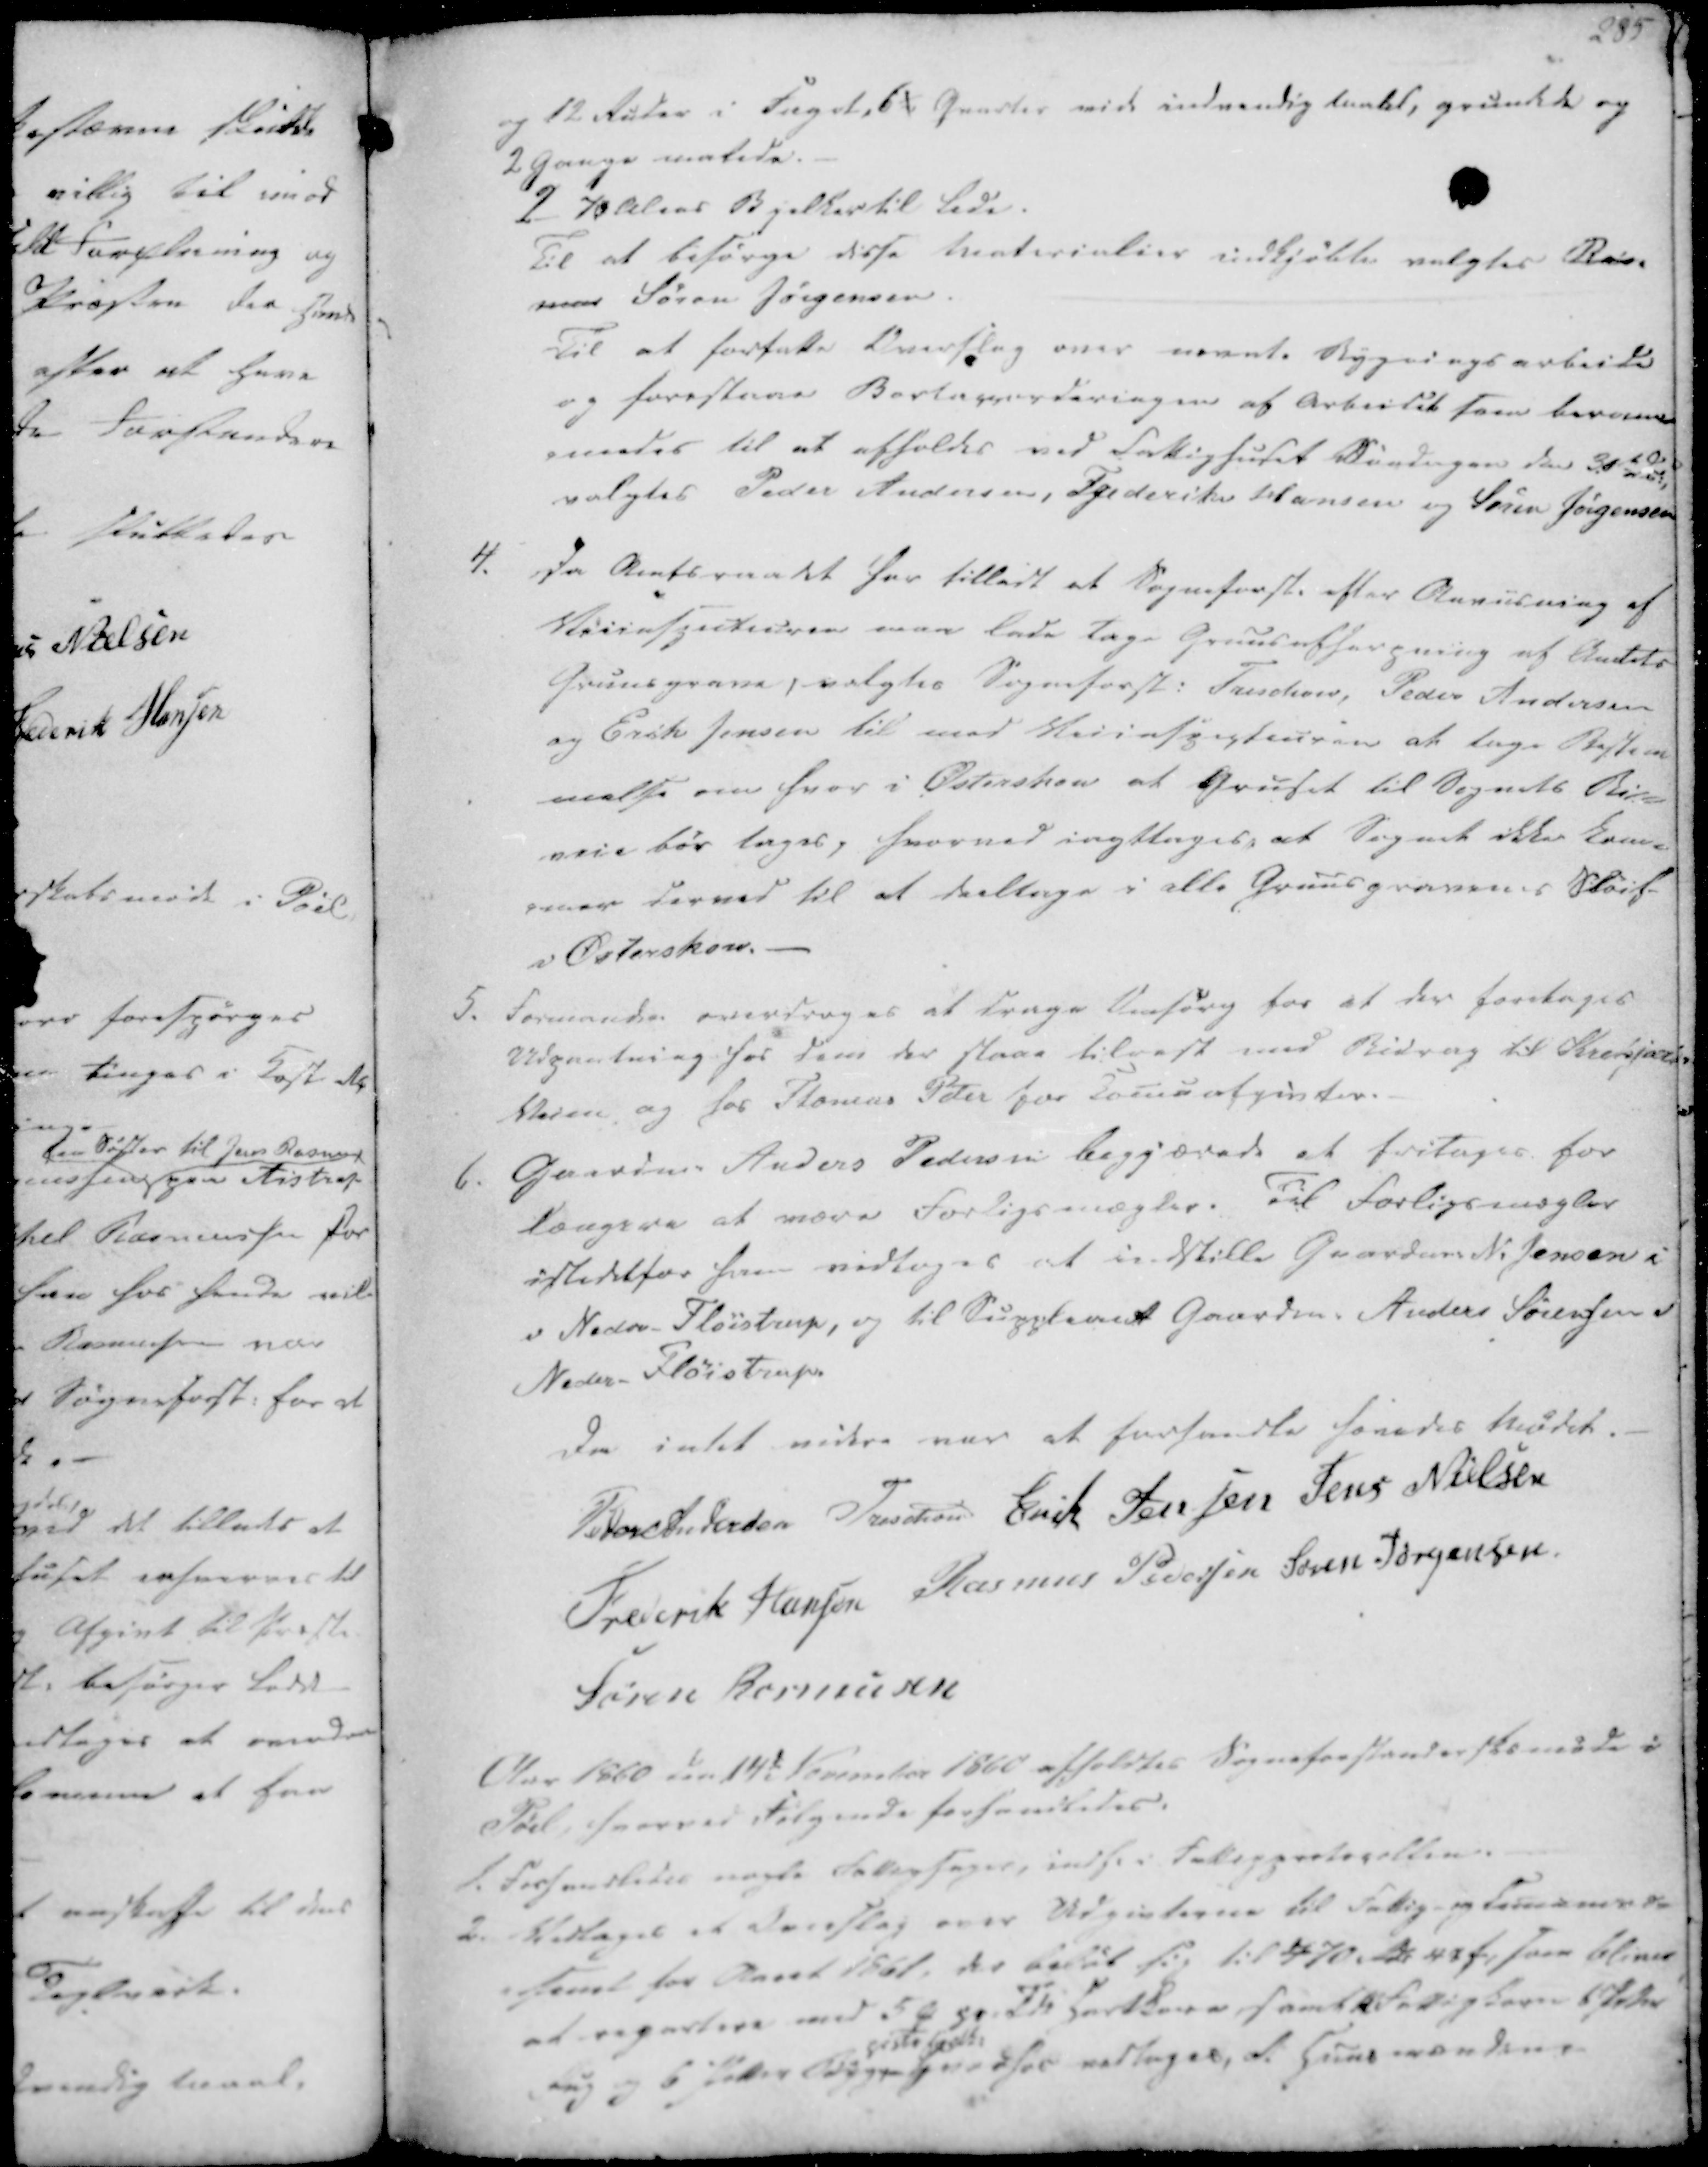
Transskription:
og 12 Ruder i Faget, 6½ Qvarter vide indvendig bundet, grundede og
2 Gange malede.
2 70 Alens Bjelkartil lede.
Til at besørge disse Materialier indkjøbte valgtes Ras-
mus Søren Jørgensen.
Til at forfatte Overslag over nævnte Bygningsarbeide
og forestaae Bortaccorderingen af Arbeidet som beram-
-meedes til at afholdes ved Fattighuset Søndagen den 30t dM,
valgtes Peder Andersen, Frederik Hansen og Søren Jørgensen

4. Da Amtsraadet har tilladt at Sogneforst. efter Anviisning af
Veiinspecteuren maa lade tage Gruus afherpning af Amtets
Gruusgrave, valgtes Sogneforst. Treschov, Peder Andersen
og Erik Jensen til med Veiinspecteuren at tage Bestem-
melse om hvor i Østerskov at Gruset til Sognets Bi-
veie bør tages, hvorved iagttages, at Sognet ikke kom-
-mer derved til at deeltage i alle Gruusgravenes Sløif
i Østerskov.

5. Formanden overdrages at drage Omsorg for at der foretages
Udpantning hos dem der staae tilrest med Bidrag til Krekjær-
Veien og hos Thomas Peter for Komuafgivter.
6. Gaardm. Anders Pedersen begjærede at fritages for
længere at være Forligsmægler. Til Forligsmægler
istedetfor ham vedtoges at indstille Gaardm. N. Jensen i
i Neder-Fløistrup, og til Suppleant Gaardm. Anders Sørensen i
Neder-Fløistrup.

Da intet videre var at forhandle hævedes Mødet
Peder Andersen
Treschov
Erik Jensen
Jens Nielsen
Frederik Hansen
Rasmus Pedersen
Søren Jørgensen
Søren Rasmusen

Aar 1860 den 14de November 1860 afholdtes Sogneforstanderskbsmøede i
Pøel, hvorved Følgende forhandledes.

1. Forhandledes nogle Fattigsager, indse i Fattigprotocollen.
2. Vedtages et Overslag over Udgivterne til Fattig- og Comuners-
-samt for Aaret 1861, der beløb sig til 470 Rdr 43 ₻, som bliver
at repartere med 5 ₻ pr. Td. Hartkorn, samt Fattigkorn 6 Potter
Rug og 6 Potter Byg,
piste Hartk.
Hvadfor vedtages, at Huusmændene